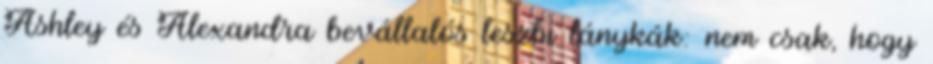
Ashley és Alexandra bevállalós leszbi lánykák: nem csak, hogy